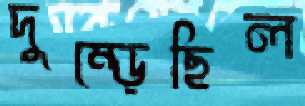
দুম্‌ড়েছিল